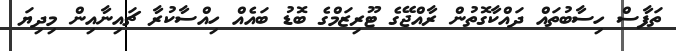
ތަފާސް ހިސާބުތައް ދައްކާގޮތުން ރާއްޖޭގެ ޓޫރިޒަމްގެ ބޮޑު ބައެއް ހިއްސާކުރާ ޗައިނާއިން މިދިޔަ